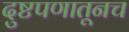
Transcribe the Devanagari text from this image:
दुष्टपणातूनच